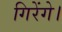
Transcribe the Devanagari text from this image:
गिरेंगे।